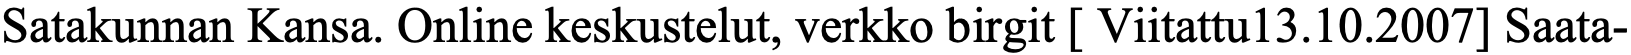
Satakunnan Kansa. Online keskustelut, verkko birgit [ Viitattu13.10.2007] Saata-